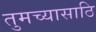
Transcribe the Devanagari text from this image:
तुमच्यासाठि